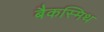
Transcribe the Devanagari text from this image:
बैकस्मिथ